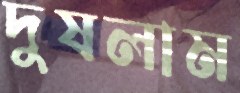
দুষলাম